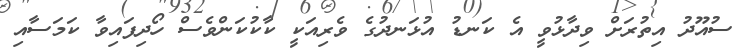
ސުއޫދު އިތުރަށް ވިދާޅުވީ އެ ކަނޑު އުޅަނދުގެ ވެރިއަކީ ކާކުކަންވެސް ހޯދިފައިވާ ކަމަސާއި